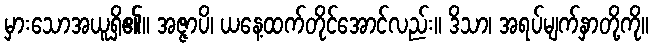
မှားသောအယူရှိ၏။ အဇ္ဇာပိ၊ ယနေ့ထက်တိုင်အောင်လည်း။ ဒိသာ၊ အရပ်မျက်နှာတို့ကို။